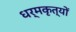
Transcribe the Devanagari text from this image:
धर्मकृत्यों